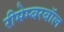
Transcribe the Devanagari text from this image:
रीमेम्बरबॉल